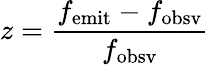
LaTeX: z={\frac{f_{\mathrm{emit}}-f_{\mathrm{obsv}}}{f_{\mathrm{obsv}}}}